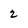
Character: 2